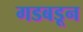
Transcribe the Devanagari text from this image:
गडबडून